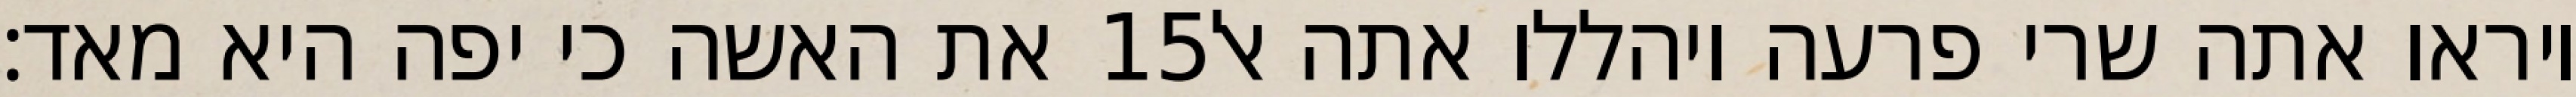
את האשה כי יפה היא מאד׃ ‎15‏ ויראו אתה שרי פרעה ויהללו אתה אל